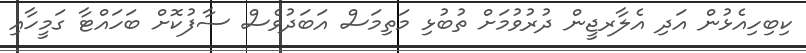
ކިބިހިއެޅުން އަދި އެލާރޖީން ދުރުވުމަށް ތުބުޅި މަތިމަސް އަބަދުވެސް ސާފުކޮށް ބަހައްޓާ ގަމީހާއި